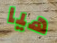
هيا